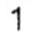
1